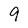
Character: 9